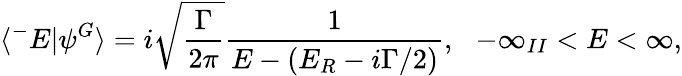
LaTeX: \langle^{-}E|\psi^{G}\rangle=i\sqrt{\frac{\Gamma}{2\pi}}\frac{1}{E-(E_{R}-i\Gamma/2)},\, \, \, \, -\infty_{II}<E<\infty,